Annual administration report of the Civil Veterinary Department of India - 1893-1894
Year: 1893
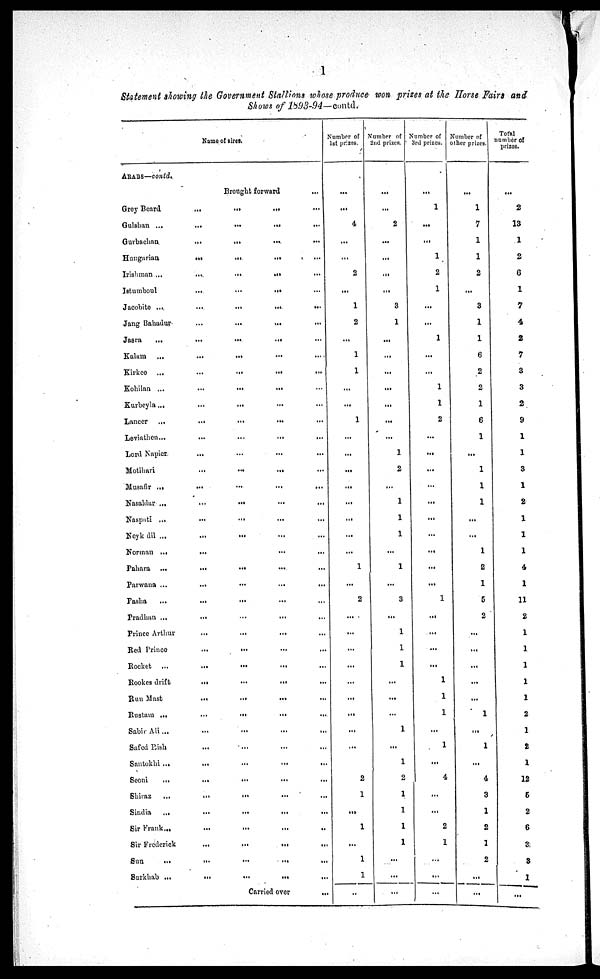
l
Statement showing the Government Stallions whose produce won prizes at the Horse Fairs and
Shows of 1893-94—contd.
Name of sires.
ARABS—contd.
Brought forward
...
Grey Beard ... ... ... ...
Gulshan ...
...
...
...
...
Gurbachan
...
...
...
...
Hungarian ... ... ... ...
Irishman ...
...
...
...
...
Istumboul ... ... ... ...
Jacobite ...
...
...
...
...
Jang Bahadur ... ... ... ...
Jasra
... ... ... ... ...
Kalmn ... ... ... ... ...
Kirkee ... ... ... ... ...
Kohilan ... ... ... ... ...
Kurbeyla ... ... ... ... ...
Lancer ... ... ... ... ...
Leviathen... ... ... ... ...
Lord Napier ... ... ... ...
Motihari ... ... ... ...
Musafir ... ... ... ... ...
Nasaldar ... ... ... ... ...
Naspati ... ... ... ... ...
Neyk dil ... ... ... ... ...
Norman ... ... ... ... ...
Pahara
...
...
...
...
...
Parwana ... ... ... ... ...
Pasha ... ... ... ... ...
Pradhan ... ... ... ... ...
Prince Arthur ... ... ... ...
Red Prince ... ... ... ...
Rocket ... ... ... ... ...
Rockes drift ... ... ... ...
Run Mast ... ... ... ...
Rustam ... ... ... ... ...
Sabir Ali... ... ... ... ...
Safed Bish ... ... ... ...
Santokhi ... ... ... ... ...
Seoni ... ... ... ... ...
Shiraz
... ... ... ... ...
Sindia
... ... ... ... ...
Sir Frank ... ... ... ... ...
Sir Frederick ... ... ... ...
Sun ... ... ... ... ...
Surkhab ... ... ... ... ...
Carried
over...
Number of
1st prizes.
...
...
4
...
...
2
...
1
2
...
1
1
...
...
1
...
...
...
...
...
...
...
...
1
...
2
...
...
...
...
...
...
...
...
...
2
1
...
1
...
1
1
...
Number of
2nd prizes.
...
...
2
...
...
...
...
3
1
...
...
...
...
...
...
...
1
2
...
1
1
1
...
1
...
3
...
1
1
1
...
...
...
1
...
1
2
1
1
1
1
...
...
...
Number of
3rd prizes.
...
1
...
...
1
2
1
...
...
1
...
...
1
1
2
...
...
...
...
...
...
...
...
...
...
1
...
...
...
...
...
1
1
...
1
...
4
...
...
2
1
...
...
...
Number of
other prizes.
...
1
7
1
1
2
...
3
1
1
6
2
2
1
6
1
...
1
1
1
...
...
1
2
1
5
2
...
...
...
...
...
1
...
1
...
4
3
1
2
1
2
...
...
Total
number of
prizes.
...
2
13
1
2
6
1
7
4
2
7
3
3
2
9
1
1
3
1
2
1
1
1
4
1
11
2
1
1
1
1
1
2
1
2
1
12
5
2
6
3
3
1
...